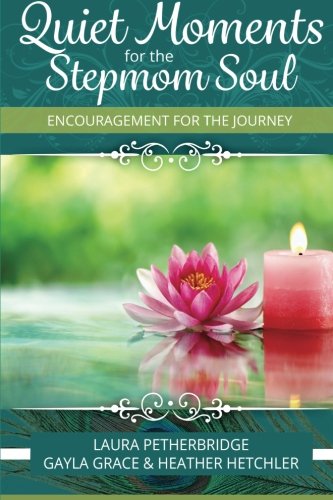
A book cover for Quiet Moments for the Stepmom Soul: Encouragement for the Journey; Laura Petherbridge; Parenting & Relationships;